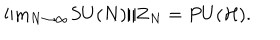
\mathrm { l i m } _ { N \to \infty } S U ( N ) / { \bf Z } _ { N } = P U ( { \cal H } ) .